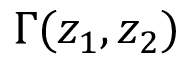
\Gamma ( z _ { 1 } , z _ { 2 } )